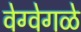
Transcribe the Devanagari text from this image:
वेग्वेगळे